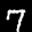
Label: 7